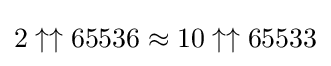
2\uparrow \uparrow 65536\approx 10\uparrow \uparrow 65533